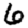
Digit: 6